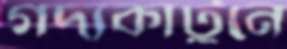
গদ্যকার্টুনে